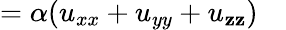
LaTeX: =\alpha(u_{xx}+u_{yy}+u_{\mathbf{z}\mathbf{z}})\quad